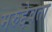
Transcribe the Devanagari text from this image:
मरुद्देवता